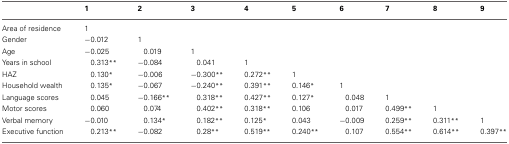
|  | 1 | 2 | 3 | 4 | 5 | 6 | 7 | 8 | 9 |
 | --- | --- | --- | --- | --- | --- | --- | --- | --- | --- |
 | Area of residence | 1 |  |  |  |  |  |  |  |  |
 | Gender | −0.012 | 1 |  |  |  |  |  |  |  |
 | Age | −0.025 | 0.019 | 1 |  |  |  |  |  |  |
 | Years in school | 0.313** | −0.084 | 0.041 | 1 |  |  |  |  |  |
 | HAZ | 0.130* | −0.006 | −0.300** | 0.272** | 1 |  |  |  |  |
 | Household wealth | 0.135* | −0.067 | −0.240** | 0.391** | 0.146* | 1 |  |  |  |
 | Language scores | 0.045 | −0.166** | 0.318** | 0.427** | 0.127* | 0.048 | 1 |  |  |
 | Motor scores | 0.060 | 0.074 | 0.402** | 0.318** | 0.106 | 0.017 | 0.499** | 1 |  |
 | Verbal memory | −0.010 | 0.134* | 0.182** | 0.125* | 0.043 | −0.009 | 0.259** | 0.311** | 1 |
 | Executive function | 0.213** | −0.082 | 0.28** | 0.519** | 0.240** | 0.107 | 0.554** | 0.614** | 0.397** |